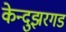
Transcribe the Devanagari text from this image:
केन्दुझरगड